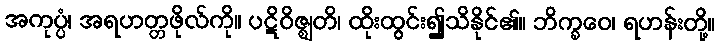
အကုပ္ပံ၊ အရဟတ္တဖိုလ်ကို။ ပဋိဝိဇ္ဈတိ၊ ထိုးထွင်း၍သိနိုင်၏။ ဘိက္ခဝေ၊ ရဟန်းတို့။